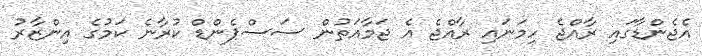
އެޖެންޑާގައި ރާއްޖެ ހިމަނައި ރާއްޖެ އެ ޖަމާއަތުން ސަސްޕެންޑް ކުރާނެ ކަމުގެ އިންޒާރު